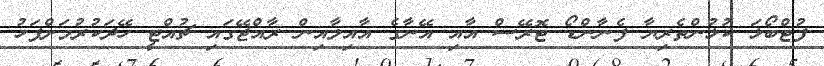
ފުޓްބޯޅަ ކުޅުންތެރިޔާ ފެނާންޑޯ ޓޮރޭސް އާއި އޭނާގެ އާއިލާއިން ރާއްޖޭގައި ޗުއްޓީ ހޭދަކުރުމަށްފަހު